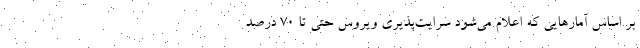
بر اساس آمارهایی که اعلام می‌شود سرایت‌پذیری ویروس حتی تا ۷۰ درصد